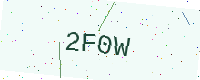
Text: 2F0W